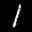
Label: 1